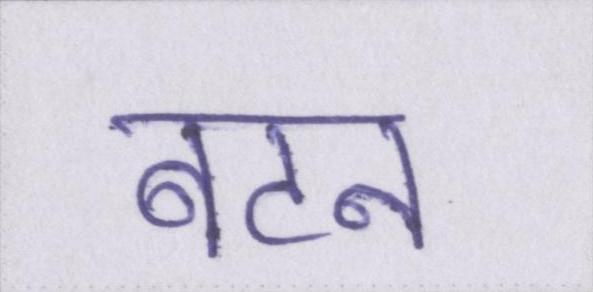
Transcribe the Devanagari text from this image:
बटन